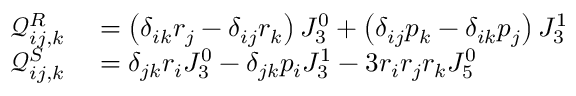
\begin{array} { r l } { \mathcal { Q } _ { i j , k } ^ { R } } & { { } = \left( \delta _ { i k } r _ { j } - \delta _ { i j } r _ { k } \right) J _ { 3 } ^ { 0 } + \left( \delta _ { i j } p _ { k } - \delta _ { i k } p _ { j } \right) J _ { 3 } ^ { 1 } } \\ { \mathcal { Q } _ { i j , k } ^ { S } } & { { } = \delta _ { j k } r _ { i } J _ { 3 } ^ { 0 } - \delta _ { j k } p _ { i } J _ { 3 } ^ { 1 } - 3 r _ { i } r _ { j } r _ { k } J _ { 5 } ^ { 0 } } \end{array}